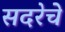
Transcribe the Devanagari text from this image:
सदरेचे